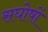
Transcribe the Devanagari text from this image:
सघोषों